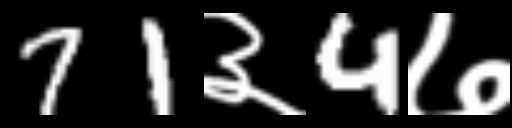
Text: 71३4७